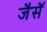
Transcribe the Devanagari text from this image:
जैसॅ